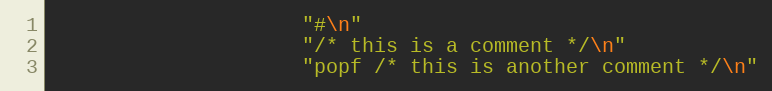
Language: C
                     "#\n"
                     "/* this is a comment */\n"
                     "popf /* this is another comment */\n"